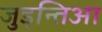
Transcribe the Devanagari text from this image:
जुइन्तिआ